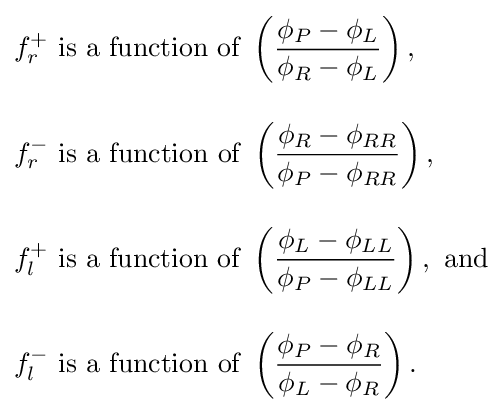
{\begin{aligned}&f_{r}^{+}{\text{ is a function of }}\left({\dfrac {\phi _{P}-\phi _{L}}{\phi _{R}-\phi _{L}}}\right),\\[10pt]&f_{r}^{-}{\text{ is a function of }}\left({\dfrac {\phi _{R}-\phi _{RR}}{\phi _{P}-\phi _{RR}}}\right),\\[10pt]&f_{l}^{+}{\text{ is a function of }}\left({\dfrac {\phi _{L}-\phi _{LL}}{\phi _{P}-\phi _{LL}}}\right),{\text{ and}}\\[10pt]&f_{l}^{-}{\text{ is a function of }}\left({\dfrac {\phi _{P}-\phi _{R}}{\phi _{L}-\phi _{R}}}\right).\end{aligned}}